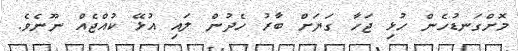
މޮށްގަނޑުހެން ހުޅި ޖަހާ ގަޔަށް ބާރު ހެދުން ލައި އުޅޭ ކުއްޖެއް ނޫނެވެ.